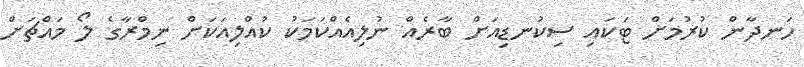
ހަނދާން ކުރުމަށް ޓަކައި ސިކުނޑިއަށް ބާރެއް ނުލިއެއްކަމަކު ކުއްލިއަކަށް ނިމްރާގެ ލޯ މައްޗަށް